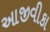
આજીવીકા